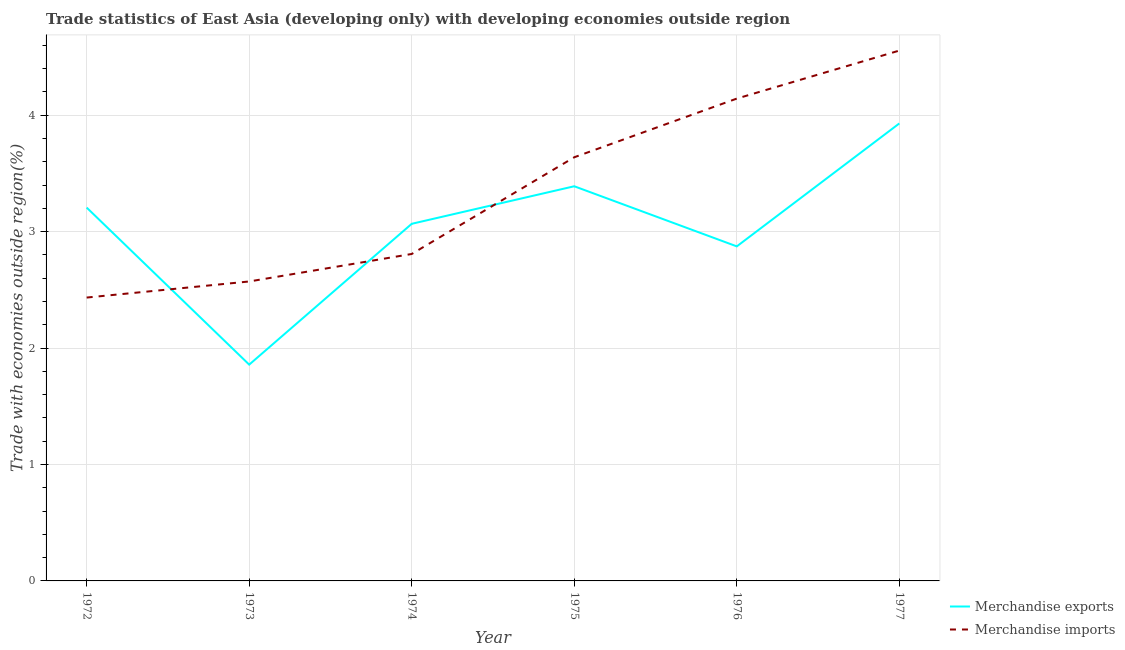
| Year | Merchandise exports | Merchandise imports |
 | --- | --- | --- |
 | 1972 | 3.21 | 2.43 |
 | 1973 | 1.86 | 2.57 |
 | 1974 | 3.07 | 2.81 |
 | 1975 | 3.39 | 3.64 |
 | 1976 | 2.87 | 4.14 |
 | 1977 | 3.93 | 4.56 |